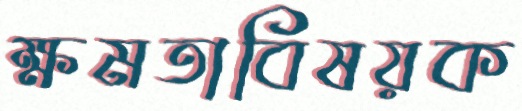
ক্ষমতাবিষয়ক